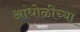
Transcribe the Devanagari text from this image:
आंधोळीच्या